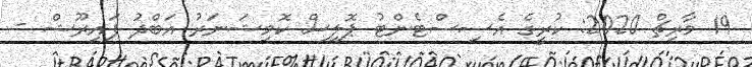
19 މާރިޗް 2020: ކުރީގެ އެސިސްޓެންޓު ޕޮލިސް ކޮމިޝަނަރު އަބްދު ފައިރޫޝް -